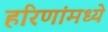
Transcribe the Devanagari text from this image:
हरिणांमध्ये